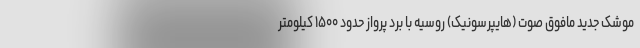
موشک جدید مافوق صوت (هایپرسونیک) روسیه با برد پرواز حدود ۱۵۰۰ کیلومتر